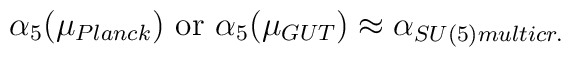
\alpha_5(\mu_{Planck})\mbox{  or  } \alpha_5(\mu_{GUT})\approx \alpha_{SU(5)multicr.}